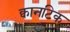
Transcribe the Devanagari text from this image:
क्वानटिक